Report on vaccination in Madras 1904-1921 - 1904-1921
Year: 1904
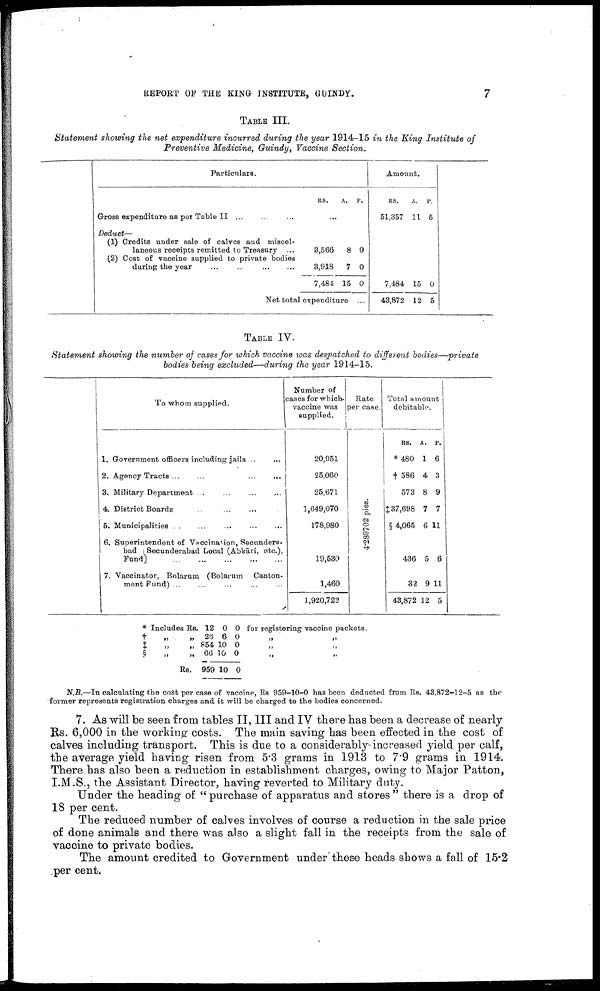
REPORT OF THE KING INSTITUTE, GUINDY.
7
TABLE III.
Statement showing the net expenditure incurred during the year 1914-15 in the King Institute of
Preventive Medicine, Guindy, Vaccine Section.
Particulars.
Gross expenditure as per Table II
...
...
...
Deduct—
(1) Credits under sale of calves and miscel
laneous receipts remitted to Treasury ...
(2) Cost of vaccine supplied to private bodies
during the year
...
...
...
...
RS.
A. P.
...
3,566
3,918
7,484
8
7
15
0
0
0
Net total expenditure ...
Amount.
RS.
51,357
A.
11
P.
5
7,484
43,872
15
12
0
5
TABLE IV.
Statement showing the number of cases for which vaccine was despatched to different bodies—private
bodies being excluded—during the year 1914-15.
To whom supplied.
1. Government officers including jails ... ...
2. Agency Tracts
...
...
...
...
...
3. Military Department ... ... ... ...
4. District Boards ... ... ... ...
5. Municipalities
...
...
...
...
...
6. Superintendent of Vaccination, Secundera-
bad [Secunderabad Local (Abkāri, etc.),
Fund]
...
...
...
...
...
7. Vaccinator, Bolarum (Bolarum Canton
ment Fund)
...
...
...
...
...
Number of
cases for which.
vaccine was
supplied.
20,951
25,060
25,671
1,649,070
178,980
19,530
1,460
1,920,723
Rate
per case.
4.289702 pies.
Total amount
debitable.
RS.
*480
† 586
573
‡37,698
§ 4,065
436
32
43,872
A.
1
4
8
7
6
5
9
12
P.
6
3
9
7
11
6
11
5
* Includes Rs.
†
„
„
‡ „ „
§
„
„
Rs.
12
26
854
66
959
0
6
10
10
10
0
0
0
0
0
for registering vaccine packets.
„ „
„ „
„ „
N.B.—In calculating the cost per case of vaccine, Rs 959-10-0 has been deducted from Rs. 43,872-12-5 as the
former represents registration charges and it will be charged to the bodies concerned.
7. As will be seen from tables II, III and IV there has been a decrease of nearly
Rs. 6,000 in the working costs. The main saving has been effected in the cost of
calves including transport. This is due to a considerably increased yield per calf,
the average yield having risen from 5.3 grams in 1913 to 7.9 grams in 1914.
There has also been a reduction in establishment charges, owing to Major Patton,
I.M.S., the Assistant Director, having reverted to Military duty.
Under the heading of " purchase of apparatus and stores " there is a drop of
18 per cent.
The reduced number of calves involves of course a reduction in the sale price
of done animals and there was also a slight fall in the receipts from the sale of
vaccine to private bodies.
The amount credited to Government under these heads shows a fall of 15.2
per cent.